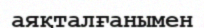
аяқталғанымен